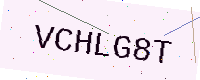
Text: VCHLG8T